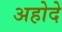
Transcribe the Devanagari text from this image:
अहोदे